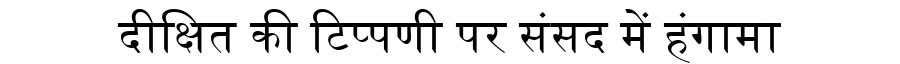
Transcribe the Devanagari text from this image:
दीक्षित की टिप्पणी पर संसद में हंगामा